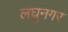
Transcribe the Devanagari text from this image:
लघुनगर